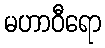
မဟာဝီရော